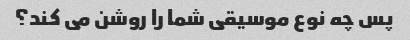
پس چه نوع موسیقی شما را روشن می کند؟